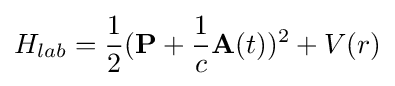
H_{lab}={\frac {1}{2}}(\mathbf {P} +{\frac {1}{c}}\mathbf {A} (t))^{2}+V(r)